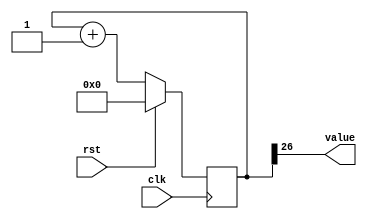
/*
   This file was generated automatically by Alchitry Labs version 1.2.7.
   Do not edit this file directly. Instead edit the original Lucid source.
   This is a temporary file and any changes made to it will be destroyed.
*/

/*
   Parameters:
     SIZE = 1
     DIV = 26
     TOP = 0
     UP = 1
*/
module counter_14 (
    input clk,
    input rst,
    output reg [0:0] value
  );
  
  localparam SIZE = 1'h1;
  localparam DIV = 5'h1a;
  localparam TOP = 1'h0;
  localparam UP = 1'h1;
  
  
  reg [26:0] M_ctr_d, M_ctr_q = 1'h0;
  
  localparam MAX_VALUE = 27'h3ffffff;
  
  always @* begin
    M_ctr_d = M_ctr_q;
    
    value = M_ctr_q[26+0-:1];
    if (1'h1) begin
      M_ctr_d = M_ctr_q + 1'h1;
      if (1'h0 && M_ctr_q == 27'h3ffffff) begin
        M_ctr_d = 1'h0;
      end
    end else begin
      M_ctr_d = M_ctr_q - 1'h1;
      if (1'h0 && M_ctr_q == 1'h0) begin
        M_ctr_d = 27'h3ffffff;
      end
    end
  end
  
  always @(posedge clk) begin
    if (rst == 1'b1) begin
      M_ctr_q <= 1'h0;
    end else begin
      M_ctr_q <= M_ctr_d;
    end
  end
  
endmodule